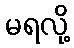
မရလို့